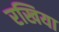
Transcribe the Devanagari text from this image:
रखिया